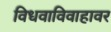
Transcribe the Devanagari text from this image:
विधवाविवाहावर